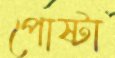
পোষ্টা